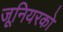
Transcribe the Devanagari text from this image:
जूनियरको